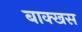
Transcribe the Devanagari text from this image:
बाक्खस